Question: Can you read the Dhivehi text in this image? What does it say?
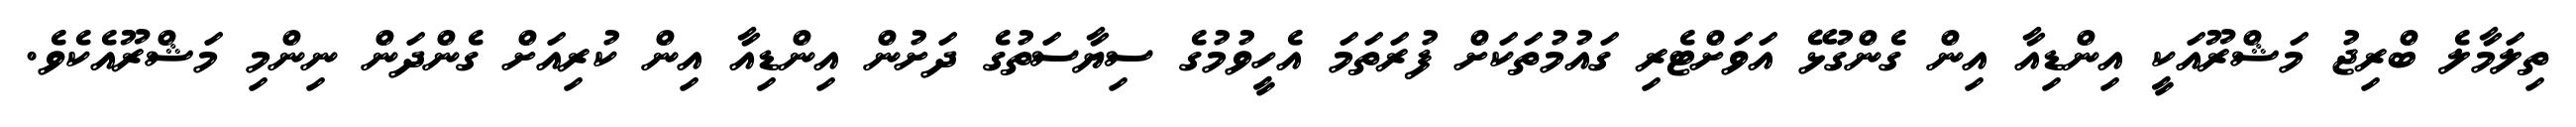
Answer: ތިލަމާލެ ބްރިޖު މަޝްރޫއަކީ އިންޑިއާ އިން ގެންގުޅޭ އަވަށްޓެރި ގައުމުތަކަށް ފުރަތަމަ އެހީވުމުގެ ސިޔާސަތުގެ ދަށުން އިންޑިއާ އިން ކުރިއަށް ގެންދަން ނިންމި މަޝްރޫއެކެވެ.